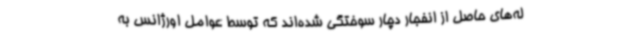
له‌های حاصل از انفجار دچار سوختگی شده‌اند که توسط عوامل اورژانس به